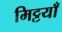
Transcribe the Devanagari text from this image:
मिट्टयाँ